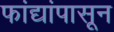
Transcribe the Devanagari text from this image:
फांद्यांपासून